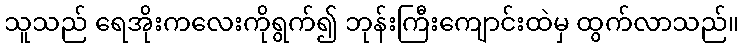
သူသည် ရေအိုးကလေးကိုရွက်၍ ဘုန်းကြီးကျောင်းထဲမှ ထွက်လာသည်။